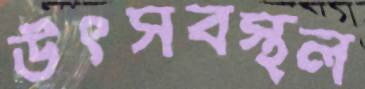
উৎসবস্থল